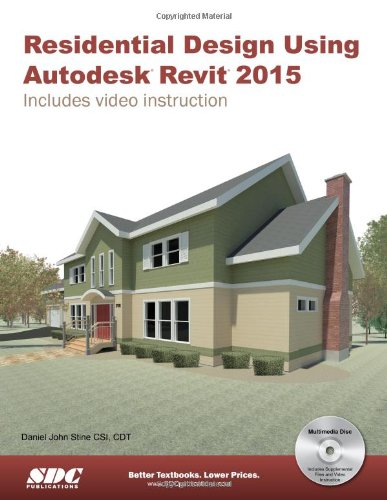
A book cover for Residential Design Using Autodesk Revit 2015; Daniel John Stine; Engineering & Transportation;